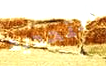
التحديد